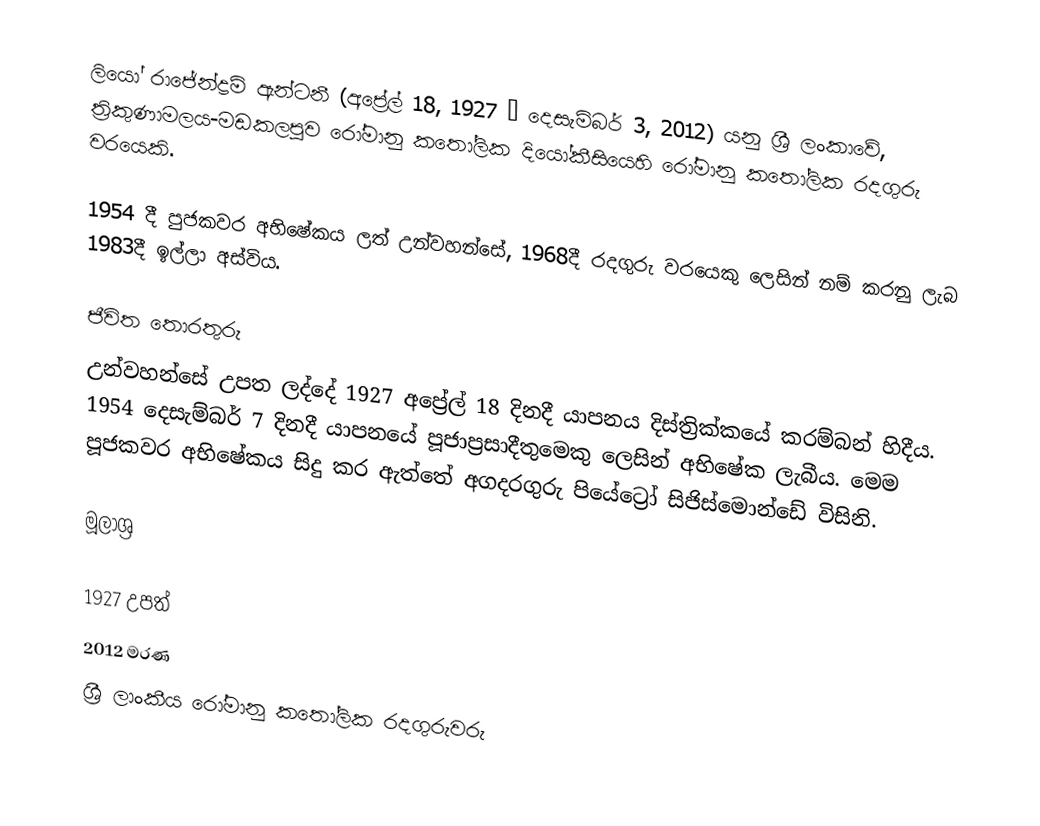
ලියෝ රාජේන්ද්‍රම් ඇන්ටනී (අප්‍රේල් 18, 1927 – දෙසැම්බර් 3, 2012) යනු ශ්‍රී ලංකාවේ, ත්‍රිකුණාමලය-මඩකලපුව රෝමානු කතෝලික දියෝකීසියෙහි  රෝමානු කතෝලික රදගුරු වරයෙකි.

1954 දී පුජකවර අභිෂේකය ලත් උන්වහන්සේ, 1968දී රදගුරු වරයෙකු ලෙසින් නම් කරනු ලැබ 1983දී ඉල්ලා අස්විය.

ජීවිත තොරතුරු
උන්වහන්සේ උපත ලද්දේ 1927 අප්‍රේල් 18 දිනදී යාපනය දිස්ත්‍රික්කයේ කරම්බන් හිදීය. 1954 දෙසැම්බර් 7 දිනදී යාපනයේ පූජාප්‍රසාදීතුමෙකු ලෙසින් අභිෂේක ලැබීය.  මෙම පූජකවර අභිෂේකය සිදු කර ඇත්තේ අගදරගුරු පියේට්‍රෝ සිජිස්මොන්ඩේ විසිනි.

මූලාශ්‍ර

1927 උපත්
2012 මරණ
ශ්‍රී ලාංකීය රෝමානු කතෝලික රදගුරුවරු